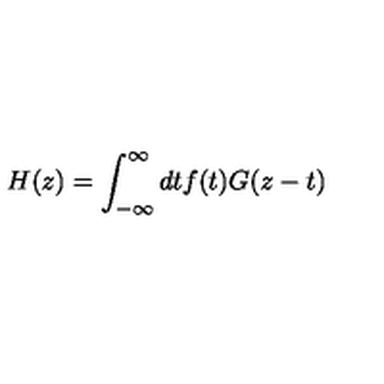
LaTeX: H ( z ) = \int _ { - \infty } ^ { \infty } d t f ( t ) G ( z - t )